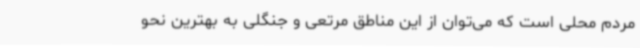
مردم محلی است که می‌توان از این مناطق مرتعی و جنگلی به بهترین نحو